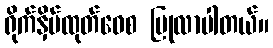
ရိုက်နှိပ်ထုတ်ဝေစ ပြုလာပါတယ်။